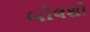
બોલશો